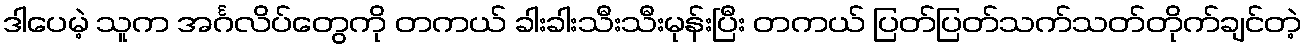
ဒါပေမဲ့ သူက အင်္ဂလိပ်တွေကို တကယ် ခါးခါးသီးသီးမုန်းပြီး တကယ် ပြတ်ပြတ်သက်သတ်တိုက်ချင်တဲ့